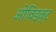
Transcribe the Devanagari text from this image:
ओविडक्ट